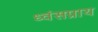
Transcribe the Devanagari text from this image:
ध्वंसप्राय